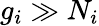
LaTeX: g_{i}\gg N_{i}